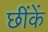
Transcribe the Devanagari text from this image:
छींकें